Civil Veterinary Department. Madras. Admin. report 1926-33 - 1926-1933
Year: 1926
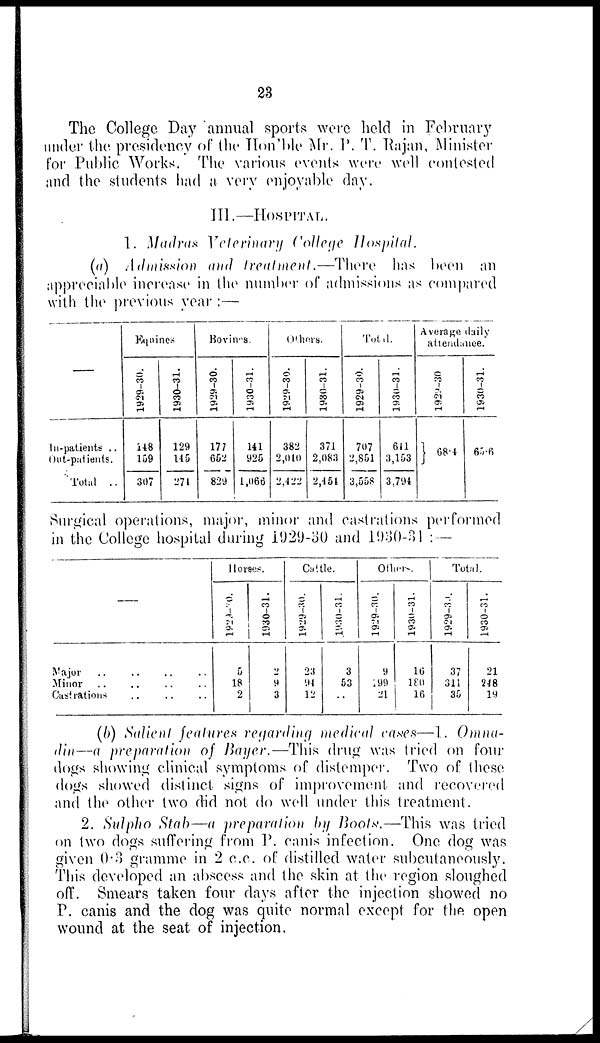
23
The College Day annual sports were held in February
under the presidency of the Hon'ble Mr. P. T. Rajan, Minister
for Public Works. The various events were well contested
and the students had a very enjoyable day.
III.—HOSPITAL.
1. Madras Veterinary College Hospital.
(a) Admission and treatment.—There has been an
appreciable increase in the number of admissions as compared
with the previous year :—
—
In-patients ..
Out-patients.
Total ..
Equines
1929-30.
148
159
307
1930-31.
129
145
274
Bovines.
1929-30.
177
652
829
1930-31.
141
925
1,066
Others.
1929-30.
382
2,040
2,422
1980-31.
371
2,083
2,454
Total.
1929-30.
707
2,851
3,668
1930-31.
641
3,153
3,794
Average daily
attendance.
1929-30
68.4
1930-31.
65.6
Surgical operations, major, minor and castrations performed
in the College hospital during 1929-30 and 1930-31 :—
—
Major .. .. .. ..
Minor .. .. .. ..
Castrations .. .. ..
Horses.
1929-20.
5
18
2
1930-31.
2
9
3
Cattle.
1929-30.
23
94
12
1930-31.
3
53
..
Others.
1929-30.
9
199
21
1930-31.
16
180
16
Total.
1929-30.
37
311
35
1930-31.
21
248
19
(b) Salient features regarding medical cases—1. Omna-
din—a preparation of Bayer.—This drug was tried on four
dogs showing clinical symptoms of distemper. Two of these
dogs showed distinct signs of improvement and recovered
and the other two did not do well under this treatment.
2. Sulpho Stab—a preparation by Boots.—This was tried
on two dogs suffering from P. canis infection. One dog was
given 0.3 gramme in 2 c.c. of distilled water subcutaneously.
This developed an abscess and the skin at the region sloughed
off. Smears taken four days after the injection showed no
P. canis and the dog was quite normal except for the open
wound at the seat of injection.